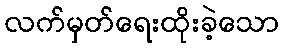
လက်မှတ်ရေးထိုးခဲ့သော